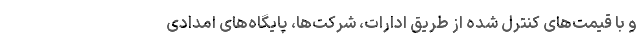
و با قیمت‌های کنترل شده از طریق ادارات، شرکت‌ها، پایگاه‌های امدادی